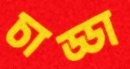
চাড্ডা